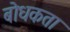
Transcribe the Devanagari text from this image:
बोधकता